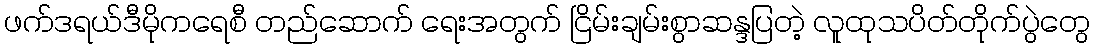
ဖက်ဒရယ်ဒီမိုကရေစီ တည်ဆောက် ရေးအတွက် ငြိမ်းချမ်းစွာဆန္ဒပြတဲ့ လူထုသပိတ်တိုက်ပွဲတွေ